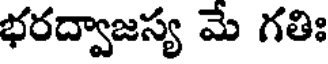
భరద్వాజస్య మే గతిః